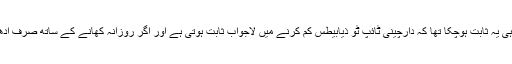
واضح رہے کہ 2002 میں پاکستانی شہر پشاور میں ہونے والی ایک تحقیق سے پہلے ہی یہ ثابت ہوچکا تھا کہ دارچینی ٹائپ ٹو ذیابیطس کم کرنے میں لاجواب ثابت ہوتی ہے اور اگر روزانہ کھانے کے ساتھ صرف آدھا چمچہ دار چینی شامل کرلی جائے تو اس سے ذیابیطس کو قابو میں رکھا جاسکتا ہے۔